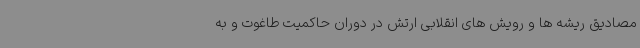
مصادیق ریشه ها و رویش های انقلابی ارتش در دوران حاکمیت طاغوت و به